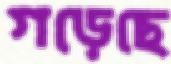
গড়েছে